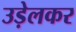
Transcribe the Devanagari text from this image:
उड़ेलकर